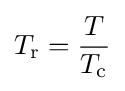
T_{\rm {r}}={\frac {T}{T_{\rm {c}}}}